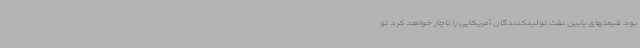
بود قیمتهای پایین نفت تولیدکنندگان آمریکایی را ناچار خواهد کرد تو